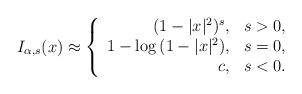
LaTeX: \begin{align*}I_{\alpha,s}(x)\approx\left\{\begin{array}{rrr}(1-|x|^{2})^{s},& s>0,\\1-\log{(1-|x|^{2})},& s=0,\\c,& s<0.\end{array}\right.\end{align*}